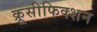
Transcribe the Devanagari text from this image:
क्रूसीफिक्शन